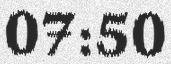
07:50